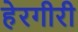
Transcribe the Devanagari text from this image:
हेरगीरी